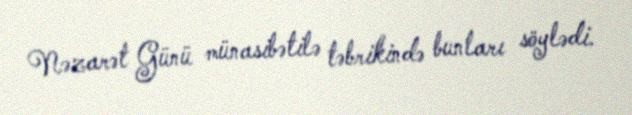
Nəzarət Günü münasibətilə təbrikində bunları söylədi.